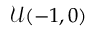
\mathcal { U } ( - 1 , 0 )